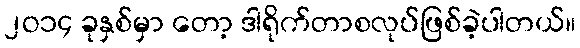
၂ဝ၁၄ ခုနှစ်မှာ တော့ ဒါရိုက်တာစလုပ်ဖြစ်ခဲ့ပါတယ်။